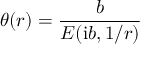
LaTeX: \theta ( r ) = { \frac { b } { E ( { \mathrm i } b , 1 / r ) } }